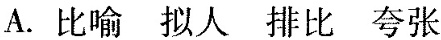
A. 比喻 拟人 排比 夸张